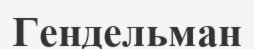
Гендельман